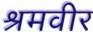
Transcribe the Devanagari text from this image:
श्रमवीर